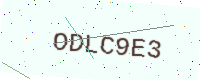
Text: ODLC9E3